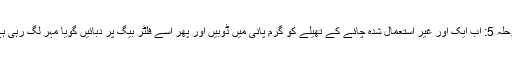
مرحلہ 5: اب ایک اور غیر استعمال شدہ چائے کے تھیلے کو گرم پانی میں ڈوبیں اور پھر اسے فلٹر بیگ پر دبائیں گویا مہر لگ رہی ہے۔